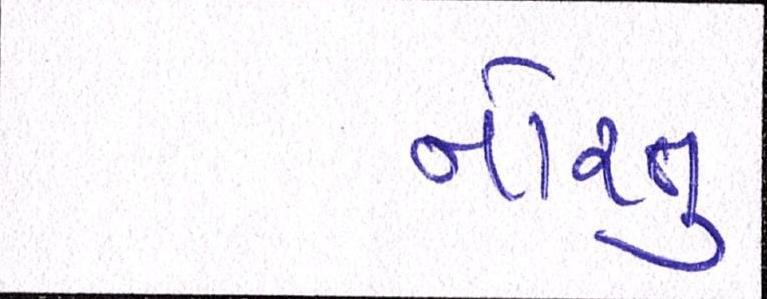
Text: નોરતુ